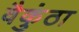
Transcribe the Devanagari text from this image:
वैकुंठा